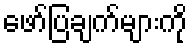
ဖော်ပြချက်များကို